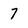
Character: 7